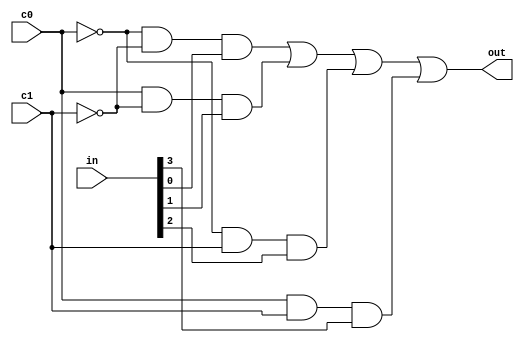
module mux4(out,in,c1,c0);
	input [3:0] in;
	input c0,c1;
	output out;
	wire c0neg,c1neg;
  	assign c0neg=~c0;
        assign c1neg=~c1;
        assign out = (c0neg&c1neg&in[0]) | (c0&c1neg&in[1]) | (c0neg&c1&in[2]) | (c0&c1&in[3]);
endmodule

module flipflop(q,qneg,d,clock);
	output q,qneg;
	input d,clock;
	reg q,qneg;
	always@(posedge clock)
	begin
		q<=d;
		qneg=!d;
	end
endmodule

module logic_tile(out,clock,in1,in2,in3,in4,in5);
	input clock,in1,in2,in3,in4,in5;
	output out;
	wire [9:0] temp;
	reg result,out;
	reg [32:0] mem;
	genvar i;
	generate for(i=0;i<=7;i=i+1)
	    begin: level1mux
			mux4 m1(temp[i],mem[4*i+3:4*i],in2,in1);
            end
	endgenerate
	mux4 m2(temp[8],temp[3:0],in4,in3);
	mux4 m3(temp[9],temp[7:4],in4,in3);
	always@(*)
		begin
			if(in5)
			result = temp[9];
			else
			result = temp[8];
		end
	wire syncresult,syncresultneg;
	flipflop f1(syncresult,syncresultneg,result,clock);
	always@(*)
		begin
			if(mem[32])
			out=syncresult;
			else
			out=result;
		end
endmodule
	
module switch_box_4x4(out,in);
	input [3:0] in;
	output [3:0] out;
	reg [15:0] configure;
	assign out[0]=(configure[0]&in[0])|(configure[1]&in[1])|(configure[2]&in[2])|(configure[3]&in[3]);
	assign out[1]=(configure[4]&in[0])|(configure[5]&in[1])|(configure[6]&in[2])|(configure[7]&in[3]);
	assign out[2]=(configure[8]&in[0])|(configure[9]&in[1])|(configure[10]&in[2])|(configure[11]&in[3]);
	assign out[3]=(configure[12]&in[0])|(configure[13]&in[1])|(configure[14]&in[2])|(configure[15]&in[3]);
endmodule